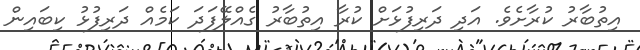
އިތުބާރު ކުރާށެވެ. އަދި ދަރިފުޅަށް ކުރާ އިތުބާރު ގެއްލޭފަދަ ކަމެއް ދަރިފުޅު ކިބައިން